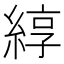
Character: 綧